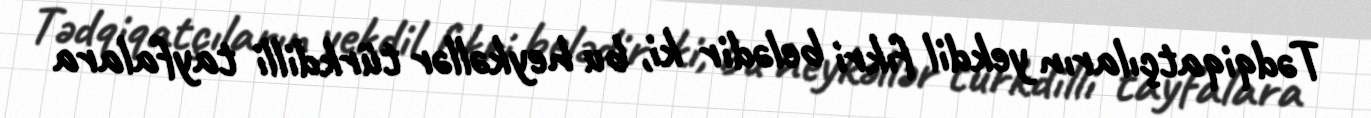
Tədqiqatçıların yekdil fıkri belədir ki, bu heykəllər türkdilli tayfalara